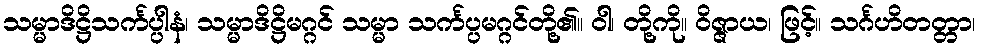
သမ္မာဒိဋ္ဌိသင်္ကပ္ပါနံ၊ သမ္မာဒိဋ္ဌိမဂ္ဂင် သမ္မာ သင်္ကပ္ပမဂ္ဂင်တို့၏။ ဝါ၊ တို့ကို။ ဝိဇ္ဇာယ၊ ဖြင့်။ သင်္ဂဟိတတ္တာ၊